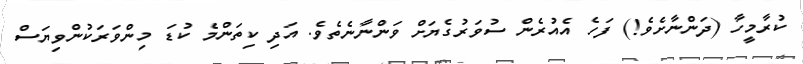
ކުރާމީހާ (ދަންނާށެވެ!) ފަހެ އެއުރެން ސުވަރުގެޔަށް ވަންނާނެތެވެ. އަދި ކިތަންމެ ކުޑަ މިންވަރަކުންވިޔަސް